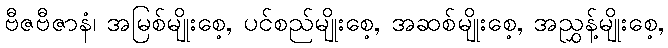
ဗီဇဗီဇာနံ၊ အမြစ်မျိုးစေ့, ပင်စည်မျိုးစေ့, အဆစ်မျိုးစေ့, အညွှန့်မျိုးစေ့,